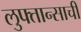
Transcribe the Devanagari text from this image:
लुफ्तान्साची